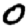
Digit: 0